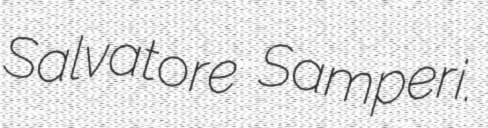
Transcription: Salvatore Samperi.